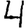
Digit: 4